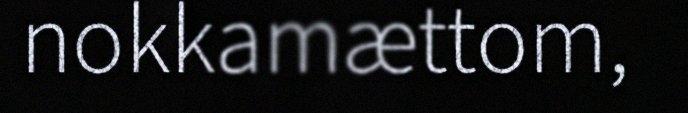
nokkamættom,